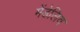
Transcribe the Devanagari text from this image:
मेंडेलिव